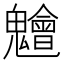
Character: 𮫨